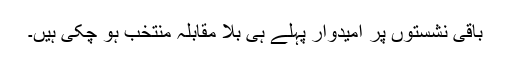
باقی نشستوں پر امیدوار پہلے ہی بلا مقابلہ منتخب ہو چکی ہیں۔